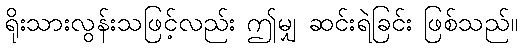
ရိုးသားလွန်းသဖြင့်လည်း ဤမျှ ဆင်းရဲခြင်း ဖြစ်သည်။